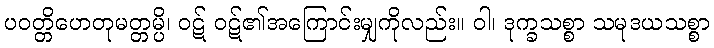
ပဝတ္တိဟေတုမတ္တမ္ပိ၊ ဝဋ် ဝဋ်၏အကြောင်းမျှကိုလည်း။ ဝါ၊ ဒုက္ခသစ္စာ သမုဒယသစ္စာ